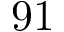
9 1